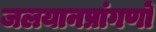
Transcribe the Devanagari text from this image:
जलयानप्रांगणों